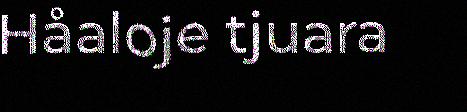
Håaloje tjuara